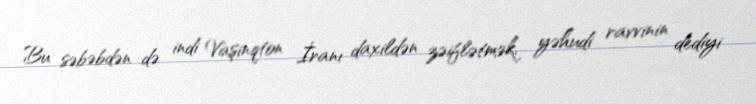
Bu səbəbdən də indi Vaşinqton İranı daxildən zəiflətmək, yəhudi ravvinin dediyi